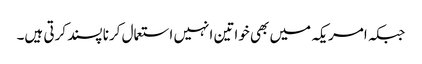
جبکہ امریکہ میں بھی خواتین انہیں استعمال کرنا پسند کرتی ہیں۔